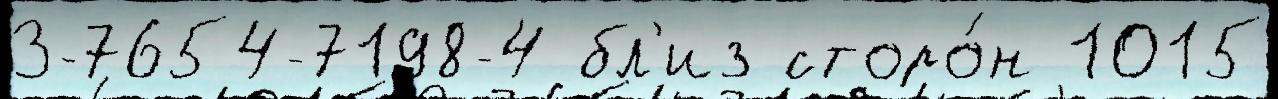
3-7654-7198-4 бл'из сторо́н 1015